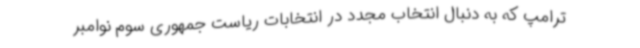
ترامپ که به دنبال انتخاب مجدد در انتخابات ریاست جمهوری سوم نوامبر